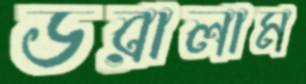
ডরালাম